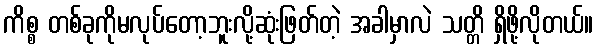
ကိစ္စ တစ်ခုကိုမလုပ်တော့ဘူးလို့ဆုံးဖြတ်တဲ့ အခါမှာလဲ သတ္တိ ရှိဖို့လိုတယ်။